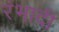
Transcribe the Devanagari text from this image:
रंभादी